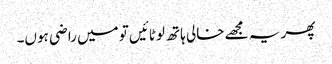
پھر یہ مجھے خالی ہاتھ لوٹائیں تو میں راضی ہوں۔